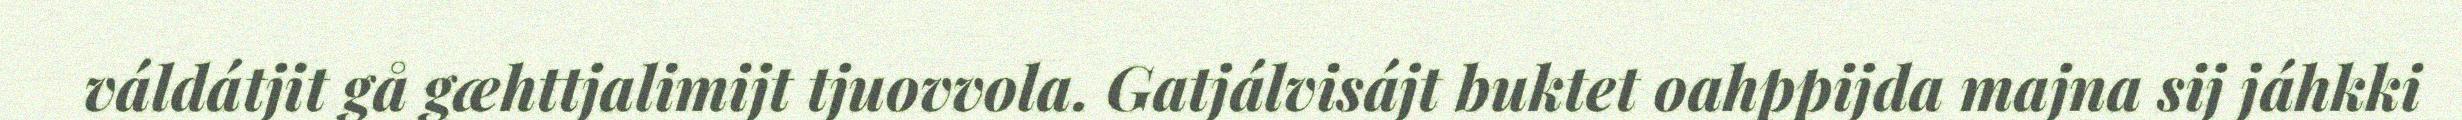
váldátjit gå gæhttjalimijt tjuovvola. Gatjálvisájt buktet oahppijda majna sij jáhkki